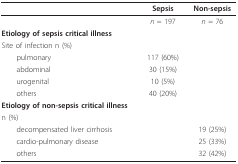
<table><thead><tr><td></td><td><b>Sepsis</b></td><td><b>Non-sepsis</b></td></tr></thead><tbody><tr><td></td><td><i>n </i>= 197</td><td><i>n </i>= 76</td></tr><tr><td><b>Etiology of sepsis critical illness</b></td><td></td><td></td></tr><tr><td>Site of infection n (%)</td><td></td><td></td></tr><tr><td> pulmonary</td><td>117 (60%)</td><td></td></tr><tr><td> abdominal</td><td>30 (15%)</td><td></td></tr><tr><td> urogenital</td><td>10 (5%)</td><td></td></tr><tr><td> others</td><td>40 (20%)</td><td></td></tr><tr><td><b>Etiology of non-sepsis critical illness</b></td><td></td><td></td></tr><tr><td>n (%)</td><td></td><td></td></tr><tr><td> decompensated liver cirrhosis</td><td></td><td>19 (25%)</td></tr><tr><td> cardio-pulmonary disease</td><td></td><td>25 (33%)</td></tr><tr><td> others</td><td></td><td>32 (42%)</td></tr></tbody></table>